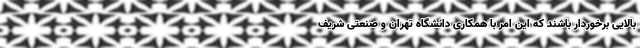
بالایی برخوردار باشند که این امر با همکاری دانشگاه تهران و صنعتی شریف